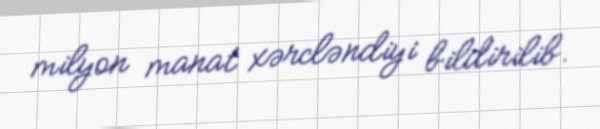
milyon manat xərcləndiyi bildirilib.